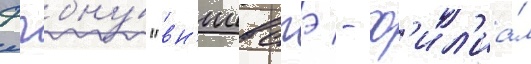
фгбну́ "вн'иивсгэ - ф'ил'иа́л